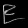
Digit: ၉